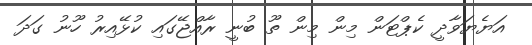
އަޔެޔަވާދީ ކެޕްޓަން މިން މިން ތޫ ބުނީ ރާއްޖޭގައި ކުޅޭއިރު ހޫނު ގަދަ